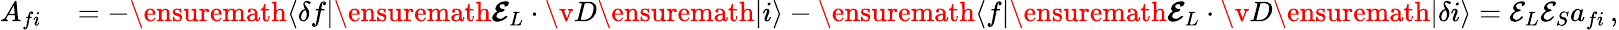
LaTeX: \begin{array}{rl}{A_{fi}}&{{}=-\ensuremath{\langle\delta f|}\ensuremath{\boldsymbol{{\mathbfcal{E}}}}_{L}\cdot{\v{D}}\ensuremath{|i\rangle}-\ensuremath{\langle f|}\ensuremath{\boldsymbol{{\mathbfcal{E}}}}_{L}\cdot{\v{D}}\ensuremath{|\delta i\rangle}={{\mathcal{E}}}_{L}{{\mathcal{E}}}_{S}a_{fi}\, ,}\end{array}